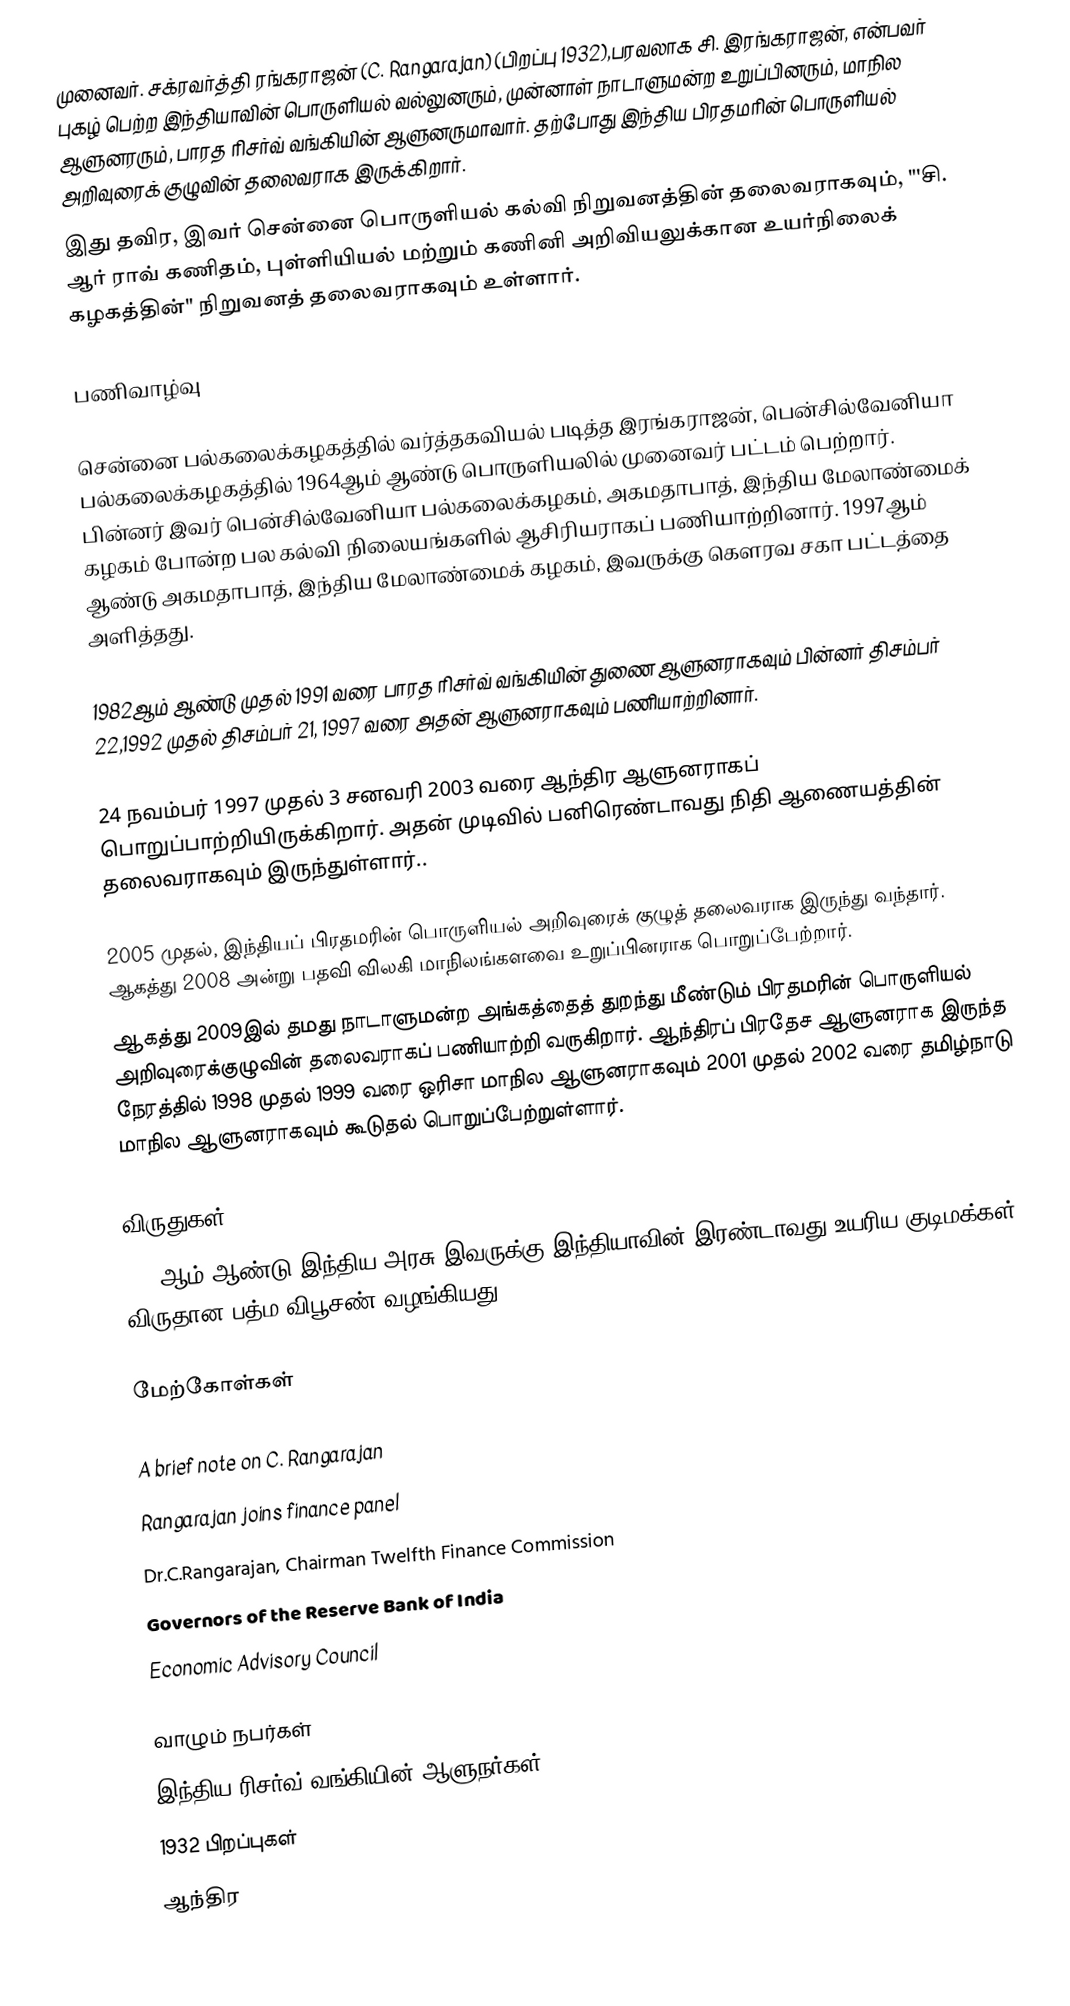
முனைவர். சக்ரவர்த்தி ரங்கராஜன் (C. Rangarajan) (பிறப்பு 1932),பரவலாக சி. இரங்கராஜன், என்பவர் புகழ் பெற்ற இந்தியாவின் பொருளியல் வல்லுனரும், முன்னாள் நாடாளுமன்ற உறுப்பினரும், மாநில ஆளுனரரும், பாரத ரிசர்வ் வங்கியின் ஆளுனருமாவார். தற்போது இந்திய பிரதமரின் பொருளியல் அறிவுரைக் குழுவின் தலைவராக இருக்கிறார்.
இது தவிர, இவர் சென்னை பொருளியல் கல்வி நிறுவனத்தின் தலைவராகவும், "'சி. ஆர் ராவ் கணிதம், புள்ளியியல் மற்றும் கணினி அறிவியலுக்கான உயர்நிலைக் கழகத்தின்" நிறுவனத் தலைவராகவும் உள்ளார்.

பணிவாழ்வு

சென்னை பல்கலைக்கழகத்தில் வர்த்தகவியல் படித்த இரங்கராஜன், பென்சில்வேனியா பல்கலைக்கழகத்தில் 1964ஆம் ஆண்டு பொருளியலில் முனைவர் பட்டம் பெற்றார். பின்னர் இவர் பென்சில்வேனியா பல்கலைக்கழகம், அகமதாபாத், இந்திய மேலாண்மைக் கழகம் போன்ற பல கல்வி நிலையங்களில் ஆசிரியராகப் பணியாற்றினார். 1997ஆம் ஆண்டு அகமதாபாத், இந்திய மேலாண்மைக் கழகம், இவருக்கு கௌரவ சகா பட்டத்தை அளித்தது.

1982ஆம் ஆண்டு முதல் 1991 வரை பாரத ரிசர்வ் வங்கியின் துணை ஆளுனராகவும் பின்னர் திசம்பர் 22,1992 முதல் திசம்பர் 21, 1997 வரை அதன் ஆளுனராகவும் பணியாற்றினார்.

24 நவம்பர் 1997 முதல் 3 சனவரி 2003 வரை ஆந்திர ஆளுனராகப் பொறுப்பாற்றியிருக்கிறார். அதன் முடிவில் பனிரெண்டாவது நிதி ஆணையத்தின் தலைவராகவும் இருந்துள்ளார்..

2005 முதல், இந்தியப் பிரதமரின் பொருளியல் அறிவுரைக் குழுத் தலைவராக இருந்து வந்தார். ஆகத்து 2008 அன்று பதவி விலகி மாநிலங்களவை உறுப்பினராக பொறுப்பேற்றார்.
ஆகத்து 2009இல் தமது நாடாளுமன்ற அங்கத்தைத் துறந்து மீண்டும் பிரதமரின் பொருளியல் அறிவுரைக்குழுவின் தலைவராகப் பணியாற்றி வருகிறார். ஆந்திரப் பிரதேச ஆளுனராக இருந்த நேரத்தில் 1998 முதல் 1999 வரை ஒரிசா மாநில ஆளுனராகவும் 2001 முதல் 2002 வரை தமிழ்நாடு மாநில ஆளுனராகவும் கூடுதல் பொறுப்பேற்றுள்ளார்.

விருதுகள்
2002ஆம் ஆண்டு இந்திய அரசு இவருக்கு இந்தியாவின் இரண்டாவது உயரிய குடிமக்கள் விருதான பத்ம விபூசண் வழங்கியது.

மேற்கோள்கள்

 A brief note on C. Rangarajan
 Rangarajan joins finance panel
  Dr.C.Rangarajan, Chairman Twelfth Finance  Commission
  Governors of the Reserve Bank of India
  Economic Advisory Council

வாழும் நபர்கள்
இந்திய ரிசர்வ் வங்கியின் ஆளுநர்கள்
1932 பிறப்புகள்
ஆந்திர